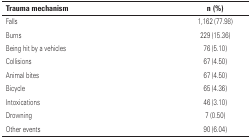
<table><thead><tr><td><b>Trauma mechanism</b></td><td><b>n (%)</b></td></tr></thead><tbody><tr><td>Falls</td><td>1,162 (77.98)</td></tr><tr><td>Burns</td><td>229 (15.36)</td></tr><tr><td>Being hit by a vehicles</td><td>76 (5.10)</td></tr><tr><td>Collisions</td><td>67 (4.50)</td></tr><tr><td>Animal bites</td><td>67 (4.50)</td></tr><tr><td>Bicycle</td><td>65 (4.36)</td></tr><tr><td>Intoxications</td><td>46 (3.10)</td></tr><tr><td>Drowning</td><td>7 (0.50)</td></tr><tr><td>Other events</td><td>90 (6.04)</td></tr></tbody></table>